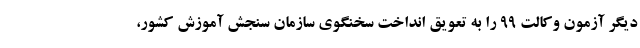
دیگر آزمون وکالت ۹۹ را به تعویق انداخت سخنگوی سازمان سنجش آموزش کشور،